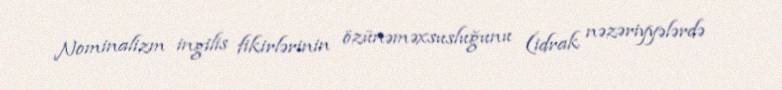
Nominalizm ingilis fikirlərinin özünəməxsusluğunu (idrak nəzəriyyələrdə